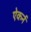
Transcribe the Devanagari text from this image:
ऐकर्न